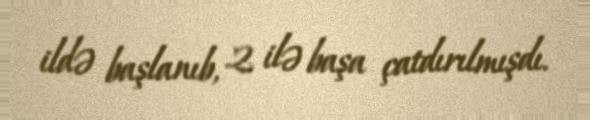
ildə başlanıb, 2 ilə başa çatdırılmışdı.